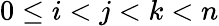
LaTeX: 0\leq i<j<k<n